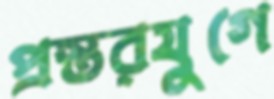
প্রস্তরযুগে